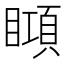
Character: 䁰